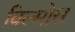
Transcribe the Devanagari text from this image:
विल्मोस